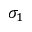
\sigma _ { 1 }